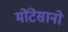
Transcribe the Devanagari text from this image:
मोंटेसानो